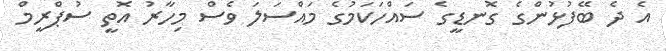
އެ ދެ ބޭފުޅުންގެ ގޮނޑީގެ ސައްހަކަމުގެ މައްސަލަ ވެސް މިހާރު އޮތީ ސުޕްރީމް